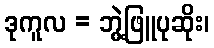
ဒုကူလ = ဘွဲ့ဖြူပုဆိုး၊